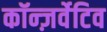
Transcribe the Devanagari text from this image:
कॉन्ज़र्वेटिव